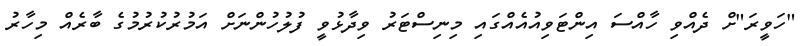
"ހަވީރަ"ށް ދެއްވި ހާއްސަ އިންޓަވިއުއެއްގައި މިނިސްޓަރު ވިދާޅުވީ ފުލުހުންނަށް އަމުރުކުރުމުގެ ބާރެއް މިހާރު